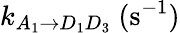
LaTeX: k_{A_{1}\rightarrow D_{1}D_{3}}~(\mathrm{s}^{-1})